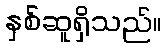
နှစ်ဆူရှိသည်။